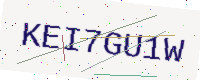
Text: KEI7GU1W